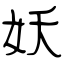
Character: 妖